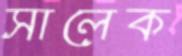
সালেক